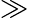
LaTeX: \gg